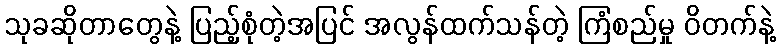
သုခဆိုတာတွေနဲ့ ပြည့်စုံတဲ့အပြင် အလွန်ထက်သန်တဲ့ ကြံစည်မှု ဝိတက်နဲ့